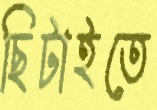
ছিটাইতে